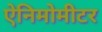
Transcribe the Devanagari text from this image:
ऐनिमोमीटर